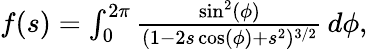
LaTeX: \begin{array}{r}{f(s)=\int_{0}^{2\pi}\frac{\sin^{2}(\phi)}{(1-2s\cos(\phi)+s^{2})^{3/2}}\, d\phi,}\end{array}